Report of the Imperial Institute of Veterinary Research, Muktesar
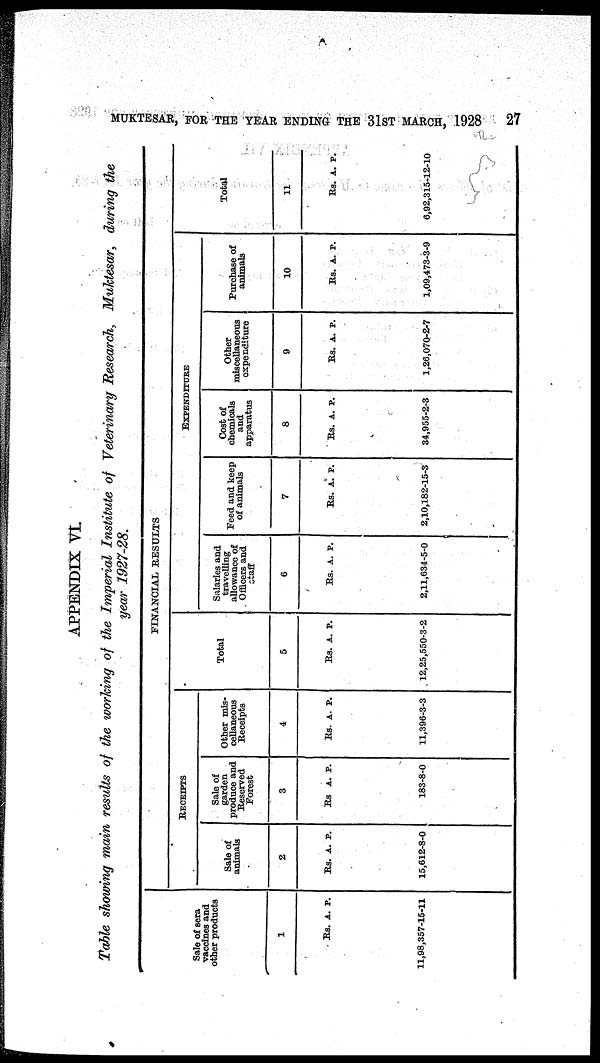
MUKTESAR, FOR THE YEAR ENDING THE 31ST MARCH, 1928
27
APPENDIX VI.
Table showing main results of the working of the Imperial Institute of Veterinary Research, Muktesar, during the
year 1927-28.
FINANCIAL RESULTS
Sale of sera
vaccines and
other products
1
Rs. A. P.
11,98,357-15-11
RECEIPTS
Sale of
animals
2
Rs. A. P.
15,612-8-0
Sale of
garden
produce and
Reserved
Forest
3
Rs A. P.
183-8-0
Other mis-
cellaneous
Receipts
4
Rs. A.P.
11,396-3-3
Total
5
Rs. A. P.
12,25,550-3-2
EXPENDITURE
Salaries and
travelling
allowance of
Officers and
staff
6
Rs. A. P.
2,11,634-5-0
Feed and keep
of animals
7
Rs. A. P.
2,10,182-15-3
Cost of
Chemicals
and
apparatus
8
Rs. A. P.
34,955-2-3
Other
miscellaneous
expenditure
9
Rs. A. P.
1,26,070-2-7
Purchase of
animals
10
Rs. A. P.
1,09,473-3-9
Total
11
Rs. A. P.
6,92,315-12-10